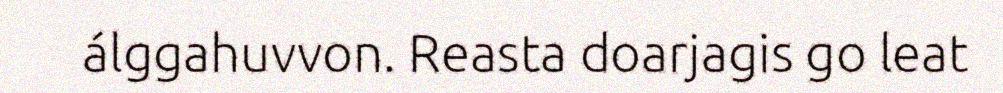
álggahuvvon. Reasta doarjagis go leat